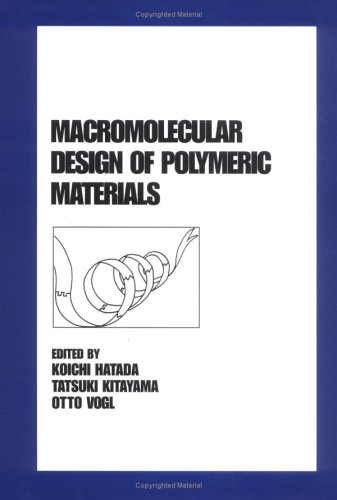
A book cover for Macromolecular Design of Polymeric Materials (Plastics Engineering); Hatada; Science & Math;